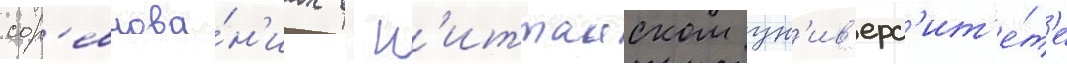
сор'евнова́н'иах в н'иттаиском ун'ив'ерс'ит'е́т'е